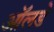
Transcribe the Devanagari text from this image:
ऑलडे